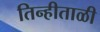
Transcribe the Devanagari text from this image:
तिन्हीताळी